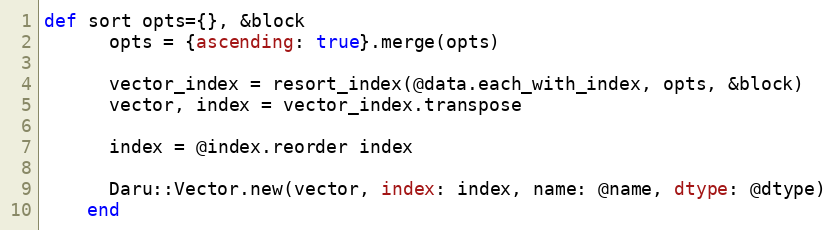
Language: Ruby
def sort opts={}, &block
      opts = {ascending: true}.merge(opts)

      vector_index = resort_index(@data.each_with_index, opts, &block)
      vector, index = vector_index.transpose

      index = @index.reorder index

      Daru::Vector.new(vector, index: index, name: @name, dtype: @dtype)
    end